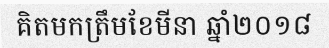
គិតមកត្រឹមខែមីនា ឆ្នាំ២០១៨